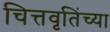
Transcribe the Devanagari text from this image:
चित्तवृतिंच्या